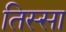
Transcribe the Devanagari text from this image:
तिस्सा